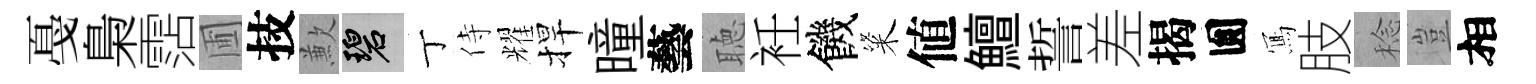
戞梟霑圃技歉碧丁侍耀捍曈藝聴衽饑粢値鱣誓差揭圎𭂁肢稔豈相